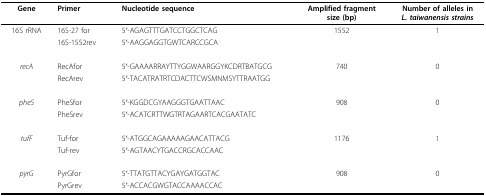
<table><thead><tr><td><b>Gene</b></td><td><b>Primer</b></td><td><b>Nucleotide sequence</b></td><td><b>Amplified fragment size (bp)</b></td><td><b>Number of alleles in <i>L. taiwanensis strains</i></b></td></tr></thead><tbody><tr><td>16S rRNA</td><td>16S-27 for</td><td>5&#x27;-AGAGTTTGATCCTGGCTCAG</td><td>1552</td><td>1</td></tr><tr><td></td><td>16S-1552rev</td><td>5&#x27;-AAGGAGGTGWTCARCCGCA</td><td></td><td></td></tr><tr><td><i>recA</i></td><td>RecAfor</td><td>5&#x27;-GAAAARRAYTTYGGWAARGGYKCDRTBATGCG</td><td>740</td><td>0</td></tr><tr><td></td><td>RecArev</td><td>5&#x27;-TACATRATRTCDACTTCWSMNMSYTTRAATGG</td><td></td><td></td></tr><tr><td><i>pheS</i></td><td>PheSfor</td><td>5&#x27;-KGGDCGYAAGGGTGAATTAAC</td><td>908</td><td>0</td></tr><tr><td></td><td>PheSrev</td><td>5&#x27;-ACATCRTTWGTRTAGAARTCACGAATATC</td><td></td><td></td></tr><tr><td><i>tufF</i></td><td>Tuf-for</td><td>5&#x27;-ATGGCAGAAAAAGAACATTACG</td><td>1176</td><td>1</td></tr><tr><td></td><td>Tuf-rev</td><td>5&#x27;-AGTAACYTGACCRGCACCAAC</td><td></td><td></td></tr><tr><td><i>pyrG</i></td><td>PyrGfor</td><td>5&#x27;-TTATGTTACYGAYGATGGTAC</td><td>908</td><td>0</td></tr><tr><td></td><td>PyrGrev</td><td>5&#x27;-ACCACGWGTACCAAAACCAC</td><td></td><td></td></tr></tbody></table>